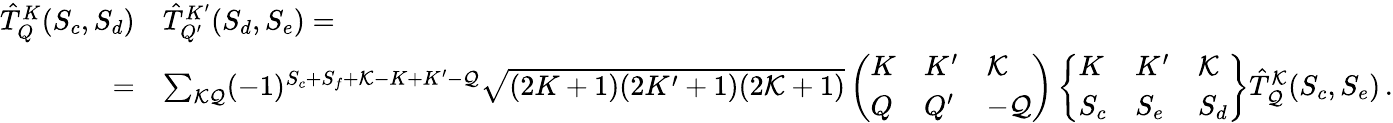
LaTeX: \begin{array}{rl}{\hat{T}_{Q}^{K}(S_{c},S_{d})}&{\hat{T}_{Q^{\prime}}^{K^{\prime}}(S_{d},S_{e})=}\\ {=}&{\sum_{\mathcal{K}\mathcal{Q}}(-1)^{S_{c}+S_{f}+\mathcal{K}-K+K^{\prime}-\mathcal{Q}}\sqrt{(2K+1)(2K^{\prime}+1)(2\mathcal{K}+1)}\left(\begin{array}{lll}{K}&{K^{\prime}}&{\mathcal{K}}\\ {Q}&{Q^{\prime}}&{-\mathcal Q}\end{array}\right)\left\{ \begin{array}{lll}{K}&{K^{\prime}}&{\mathcal K}\\ {S_{c}}&{S_{e}}&{S_{d}}\end{array}\right\} \hat{T}_{\mathcal Q}^{\mathcal K}(S_{c},S_{e})\, .}\end{array}